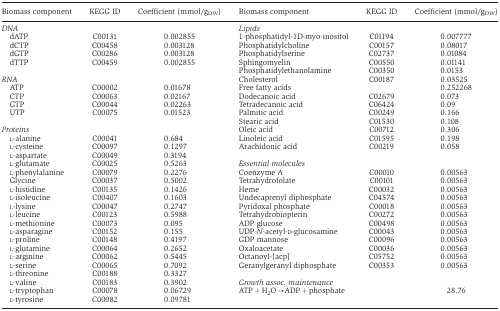
<table><thead><tr><td><b>Biomass component</b></td><td><b>KEGG ID</b></td><td><b>Coefficient (mmol/g<sub>DW</sub>)</b></td><td><b>Biomass component</b></td><td><b>KEGG ID</b></td><td><b>Coefficient (mmol/g<sub>DW</sub>)</b></td></tr></thead><tbody><tr><td><i>DNA</i></td><td> </td><td> </td><td><i>Lipids</i></td><td> </td><td> </td></tr><tr><td> dATP</td><td>C00131</td><td>0.002855</td><td>1-phosphatidyl-1D-myo-inositol</td><td>C01194</td><td>0.007777</td></tr><tr><td> dCTP</td><td>C00458</td><td>0.003128</td><td>Phosphatidylcholine</td><td>C00157</td><td>0.08017</td></tr><tr><td> dGTP</td><td>C00286</td><td>0.003128</td><td>Phosphatidylserine</td><td>C02737</td><td>0.01084</td></tr><tr><td> dTTP</td><td>C00459</td><td>0.002855</td><td>Sphingomyelin</td><td>C00550</td><td>0.01141</td></tr><tr><td> </td><td> </td><td> </td><td>Phosphatidylethanolamine</td><td>C00350</td><td>0.0153</td></tr><tr><td><i>RNA</i></td><td> </td><td> </td><td>Cholesterol</td><td>C00187</td><td>0.03525</td></tr><tr><td> ATP</td><td>C00002</td><td>0.01678</td><td>Free fatty acids</td><td> </td><td>0.252268</td></tr><tr><td> CTP</td><td>C00063</td><td>0.02167</td><td>Dodecanoic acid</td><td>C02679</td><td>0.073</td></tr><tr><td> GTP</td><td>C00044</td><td>0.02263</td><td>Tetradecanoic acid</td><td>C06424</td><td>0.09</td></tr><tr><td> UTP</td><td>C00075</td><td>0.01523</td><td>Palmitic acid</td><td>C00249</td><td>0.166</td></tr><tr><td> </td><td> </td><td> </td><td>Stearic acid</td><td>C01530</td><td>0.108</td></tr><tr><td><i>Proteins</i></td><td> </td><td> </td><td>Oleic acid</td><td>C00712</td><td>0.306</td></tr><tr><td> L-alanine</td><td>C00041</td><td>0.684</td><td>Linoleic acid</td><td>C01595</td><td>0.198</td></tr><tr><td> L-cysteine</td><td>C00097</td><td>0.1297</td><td>Arachidonic acid</td><td>C00219</td><td>0.058</td></tr><tr><td> L-aspartate</td><td>C00049</td><td>0.3194</td><td> </td><td> </td><td> </td></tr><tr><td> L-glutamate</td><td>C00025</td><td>0.5263</td><td><i>Essential molecules</i></td><td> </td><td> </td></tr><tr><td> L-phenylalanine</td><td>C00079</td><td>0.2276</td><td>Coenzyme A</td><td>C00010</td><td>0.00563</td></tr><tr><td> Glycine</td><td>C00037</td><td>0.5002</td><td>Tetrahydrofolate</td><td>C00101</td><td>0.00563</td></tr><tr><td> L-histidine</td><td>C00135</td><td>0.1426</td><td>Heme</td><td>C00032</td><td>0.00563</td></tr><tr><td> L-isoleucine</td><td>C00407</td><td>0.1603</td><td>Undecaprenyl diphosphate</td><td>C04574</td><td>0.00563</td></tr><tr><td> L-lysine</td><td>C00047</td><td>0.2747</td><td>Pyridoxal phosphate</td><td>C00018</td><td>0.00563</td></tr><tr><td> L-leucine</td><td>C00123</td><td>0.5988</td><td>Tetrahydrobiopterin</td><td>C00272</td><td>0.00563</td></tr><tr><td> L-methionine</td><td>C00073</td><td>0.095</td><td>ADP glucose</td><td>C00498</td><td>0.00563</td></tr><tr><td> L-asparagine</td><td>C00152</td><td>0.155</td><td>UDP-<i>N</i>-acetyl-D-glucosamine</td><td>C00043</td><td>0.00563</td></tr><tr><td> L-proline</td><td>C00148</td><td>0.4197</td><td>GDP mannose</td><td>C00096</td><td>0.00563</td></tr><tr><td> L-glutamine</td><td>C00064</td><td>0.2652</td><td>Oxaloacetate</td><td>C00036</td><td>0.00563</td></tr><tr><td> L-arginine</td><td>C00062</td><td>0.5445</td><td>Octanoyl-[acp]</td><td>C05752</td><td>0.00563</td></tr><tr><td> L-serine</td><td>C00065</td><td>0.7092</td><td>Geranylgeranyl diphosphate</td><td>C00353</td><td>0.00563</td></tr><tr><td> L-threonine</td><td>C00188</td><td>0.3327</td><td> </td><td> </td><td> </td></tr><tr><td> L-valine</td><td>C00183</td><td>0.3902</td><td><i>Growth assoc. maintenance</i></td><td> </td><td> </td></tr><tr><td> L-tryptophan</td><td>C00078</td><td>0.06729</td><td>ATP+H<sub>2</sub>O→ADP+phosphate</td><td> </td><td>28.76</td></tr><tr><td> L-tyrosine</td><td>C00082</td><td>0.09781</td><td> </td><td> </td><td> </td></tr></tbody></table>